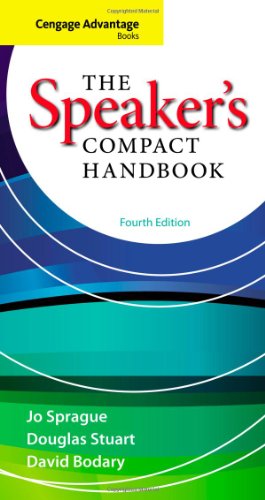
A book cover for Cengage Advantage Books: The Speaker's Compact Handbook; Jo Sprague; Reference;